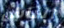
الناس